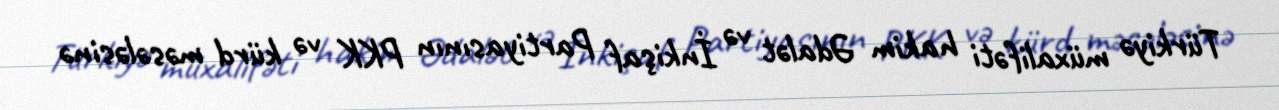
Türkiyə müxalifəti hakim Ədalət və İnkişaf Partiyasının PKK və kürd məsələsinə